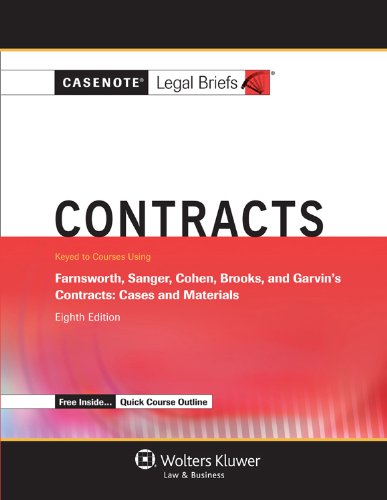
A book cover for Casenote Legal Breifs: Contracts, Keyed to Farnsworth, Sanger, Cohen, Brooks, and Garvin, Eighth Edition (Casenote Legal Briefs); Casenote Legal Briefs; Law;